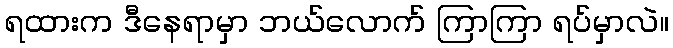
ရထားက ဒီနေရာမှာ ဘယ်လောက် ကြာကြာ ရပ်မှာလဲ။